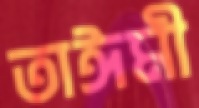
তাঈমী